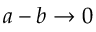
a - b \rightarrow 0